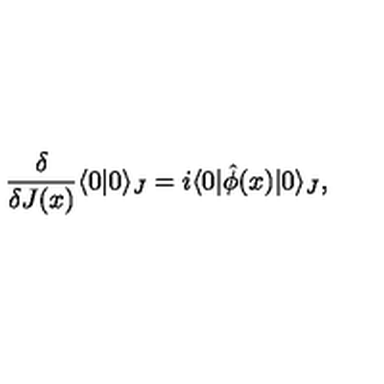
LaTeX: \frac { \delta } { \delta J ( x ) } \langle 0 | 0 \rangle _ { J } = i \langle 0 | \hat { \phi } ( x ) | 0 \rangle _ { J } ,